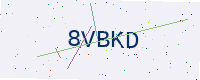
Text: 8VBKD